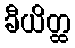
ခီယိတ္ထ